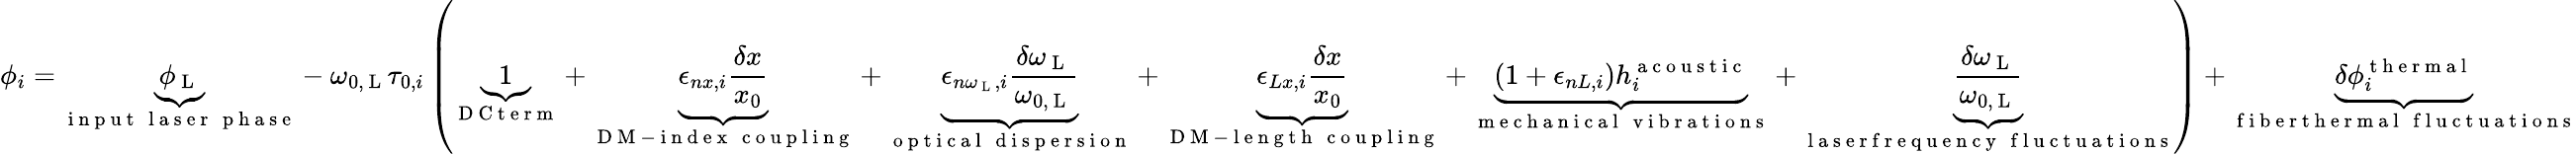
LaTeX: \phi_{i}=\underbrace{\phi_{\mathrm{~L~}}}_{\substack{\mathrm{~i~n~p~u~t~}\, \mathrm{~l~a~s~e~r~}\, \mathrm{~p~h~a~s~e~}}}-\omega_{0,\mathrm{~L~}}\tau_{0,i}\left(\underbrace{1}_{\mathrm{~D~C~t~e~r~m~}}+\underbrace{\epsilon_{nx,i}\frac{\delta x}{x_{0}}}_{\substack{\mathrm{~D~M~-~i~n~d~e~x~}\, \mathrm{~c~o~u~p~l~i~n~g~}}}+\underbrace{\epsilon_{n\omega_{\mathrm{~L~}},i}\frac{\delta\omega_{\mathrm{~L~}}}{\omega_{0,\mathrm{~L~}}}}_{\substack{\mathrm{~o~p~t~i~c~a~l~}\, \mathrm{~d~i~s~p~e~r~s~i~o~n~}}}+\underbrace{\epsilon_{Lx,i}\frac{\delta x}{x_{0}}}_{\substack{\mathrm{~D~M~-~l~e~n~g~t~h~}\, \mathrm{~c~o~u~p~l~i~n~g~}}}+\underbrace{\left(1+\epsilon_{nL,i}\right)h_{i}^{\mathrm{~a~c~o~u~s~t~i~c~}}}_{\substack{\mathrm{~m~e~c~h~a~n~i~c~a~l~}\, \mathrm{~v~i~b~r~a~t~i~o~n~s~}}}+\underbrace{\frac{\delta\omega_{\mathrm{~L~}}}{\omega_{0,\mathrm{~L~}}}}_{\substack{\mathrm{~l~a~s~e~r~f~r~e~q~u~e~n~c~y~}\, \mathrm{~f~l~u~c~t~u~a~t~i~o~n~s~}}}\right)+\underbrace{\delta\phi_{i}^{\mathrm{~t~h~e~r~m~a~l~}}}_{\substack{\mathrm{~f~i~b~e~r~t~h~e~r~m~a~l~}\, \mathrm{~f~l~u~c~t~u~a~t~i~o~n~s~}}}